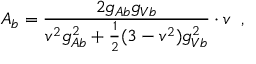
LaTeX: A _ { b } = \frac { 2 g _ { A b } g _ { V b } } { v ^ { 2 } g _ { A b } ^ { 2 } + \frac { 1 } { 2 } ( 3 - v ^ { 2 } ) g _ { V b } ^ { 2 } } \cdot v \; \; ,